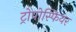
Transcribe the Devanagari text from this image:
ट्रोपोस्फियर